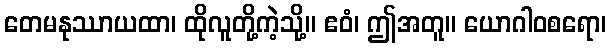
တေမနုဿာယထာ၊ ထိုလူတို့ကဲ့သို့။ ဧဝံ၊ ဤအတူ။ ယောဂါဝစရော၊